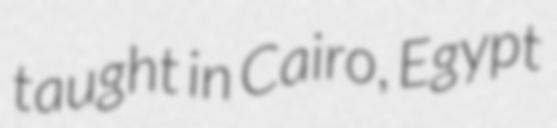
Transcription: taught in Cairo, Egypt